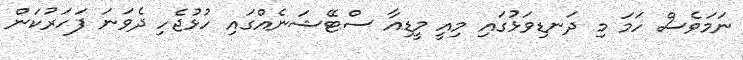
ނަމަވެސް ހަމަ މި ދަނޑިވަޅުގައި މިއީ މީޑިއާ ސްޓޭޝަނެއްގައި ހުޅުޖެހި ދެވަނަ ފަހަރުކަން